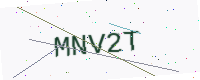
Text: MNV2T